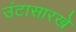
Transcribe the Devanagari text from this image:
उंटासारखे